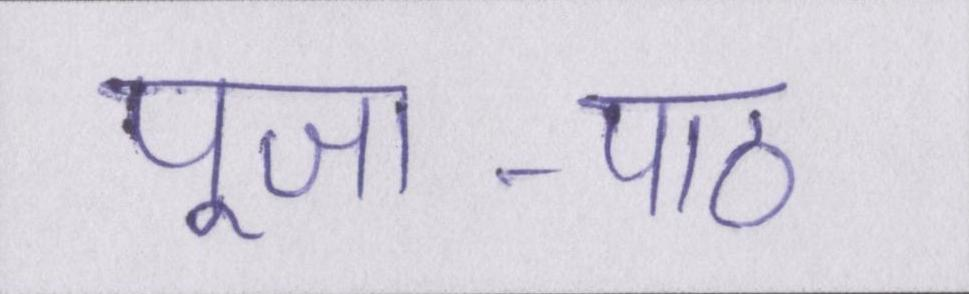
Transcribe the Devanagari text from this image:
पूजा-पाठ